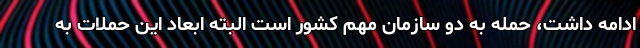
ادامه داشت، حمله به دو سازمان مهم کشور است البته ابعاد این حملات به